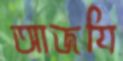
আজযি